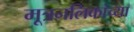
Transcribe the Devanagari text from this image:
मूत्रनलिकांच्या